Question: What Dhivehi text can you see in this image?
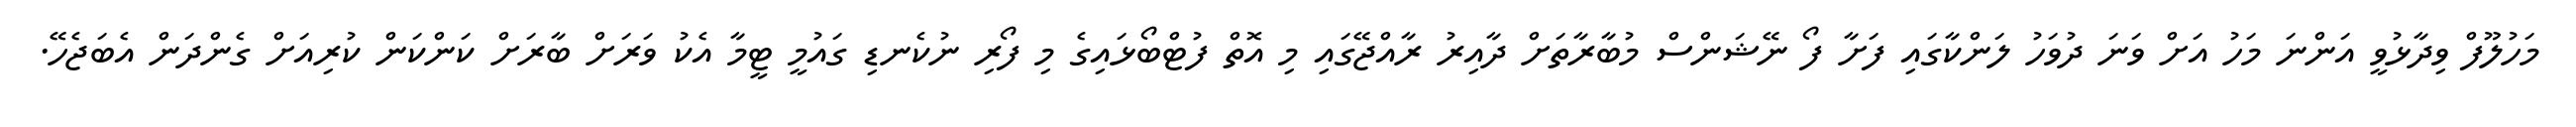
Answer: މަހުލޫފް ވިދާޅުވީ އަންނަ މަހު އަށް ވަނަ ދުވަހު ލަންކާގައި ފަށާ ފޯ ނޭޝަންސް މުބާރާތަށް ދާއިރު ރާއްޖޭގައި މި އޮތް ފުޓްބޯޅައިގެ މި ފޯރި ނުކެނޑި ގައުމީ ޓީމާ އެކު ވަރަށް ބާރަށް ކަންކަން ކުރިއަށް ގެންދަން އެބަޖެހޭ.